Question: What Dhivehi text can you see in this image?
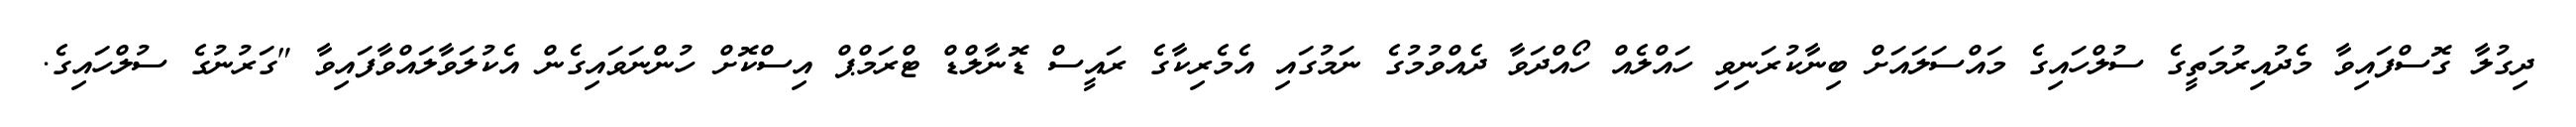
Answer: ދިގުލާ ގޮސްފައިވާ މެދުއިރުމަތީގެ ސުލްހައިގެ މައްސަލައަށް ބިނާކުރަނިވި ހައްލެއް ހޯއްދަވާ ދެއްވުމުގެ ނަމުގައި އެމެރިކާގެ ރައީސް ޑޮނާލްޑް ޓްރަމްޕް އިސްކޮށް ހުންނަވައިގެން އެކުލަވާލައްވާފައިވާ "ގަރުނުގެ ސުލްހައިގެ.